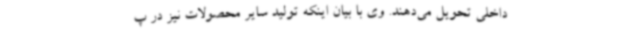
داخلی تحویل می‌دهند. وی با بیان اینکه تولید سایر محصولات نیز در پ